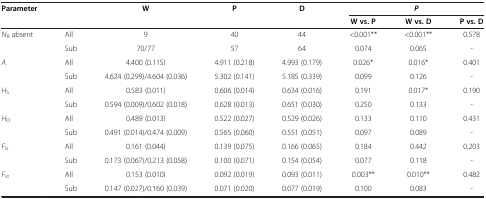
<table><thead><tr><td rowspan="2"><b>Parameter</b></td><td rowspan="2"><b> </b></td><td rowspan="2"><b>W</b></td><td rowspan="2"><b>P</b></td><td rowspan="2"><b>D</b></td><td colspan="3"><b><i>P</i></b></td></tr><tr><td><b>W vs. P</b></td><td><b>W vs. D</b></td><td><b>P vs. D</b></td></tr></thead><tbody><tr><td rowspan="2"><i>N</i><sub>R</sub> absent</td><td>All</td><td>9</td><td>40</td><td>44</td><td>&lt;0.001**</td><td>&lt;0.001**</td><td>0.578</td></tr><tr><td>Sub</td><td>70/77</td><td>57</td><td>64</td><td>0.074</td><td>0.065</td><td>-</td></tr><tr><td rowspan="2"><i>A</i></td><td>All</td><td>4.400 (0.115)</td><td>4.911 (0.218)</td><td>4.993 (0.179)</td><td>0.026*</td><td>0.016*</td><td>0.401</td></tr><tr><td>Sub</td><td>4.624 (0.299)/4.604 (0.036)</td><td>5.302 (0.141)</td><td>5.185 (0.339)</td><td>0.099</td><td>0.126</td><td>-</td></tr><tr><td rowspan="2"><i>H</i><sub>S</sub></td><td>All</td><td>0.583 (0.011)</td><td>0.606 (0.014)</td><td>0.634 (0.016)</td><td>0.191</td><td>0.017*</td><td>0.190</td></tr><tr><td>Sub</td><td>0.594 (0.009)/0.602 (0.018)</td><td>0.628 (0.013)</td><td>0.651 (0.030)</td><td>0.250</td><td>0.133</td><td>-</td></tr><tr><td rowspan="2"><i>H</i><sub>O</sub></td><td>All</td><td>0.489 (0.013)</td><td>0.522 (0.027)</td><td>0.529 (0.026)</td><td>0.133</td><td>0.110</td><td>0.431</td></tr><tr><td>Sub</td><td>0.491 (0.014)/0.474 (0.009)</td><td>0.565 (0.060)</td><td>0.551 (0.051)</td><td>0.097</td><td>0.089</td><td>-</td></tr><tr><td rowspan="2"><i>F</i><sub>is</sub></td><td>All</td><td>0.161 (0.044)</td><td>0.139 (0.075)</td><td>0.166 (0.065)</td><td>0.184</td><td>0.442</td><td>0.203</td></tr><tr><td>Sub</td><td>0.173 (0.067)/0.213 (0.058)</td><td>0.100 (0.071)</td><td>0.154 (0.054)</td><td>0.077</td><td>0.118</td><td>-</td></tr><tr><td rowspan="2"><i>F</i><sub>st</sub></td><td>All</td><td>0.153 (0.010)</td><td>0.092 (0.019)</td><td>0.093 (0.011)</td><td>0.003**</td><td>0.010**</td><td>0.482</td></tr><tr><td>Sub</td><td>0.147 (0.027)/0.160 (0.039)</td><td>0.071 (0.020)</td><td>0.077 (0.019)</td><td>0.100</td><td>0.083</td><td>-</td></tr></tbody></table>